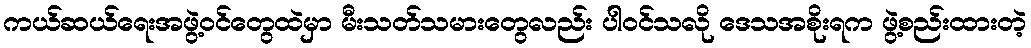
ကယ်ဆယ်ရေးအဖွဲ့ဝင်တွေထဲမှာ မီးသတ်သမားတွေလည်း ပါဝင်သလို ဒေသအစိုးရက ဖွဲ့စည်းထားတဲ့